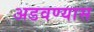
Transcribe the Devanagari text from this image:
अडवण्यास